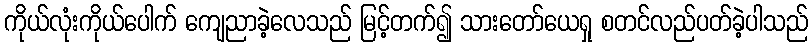
ကိုယ်လုံးကိုယ်ပေါက် ကျေညာခဲ့လေသည် မြင့်တက်၍ သားတော်ယေရှု စတင်လည်ပတ်ခဲ့ပါသည်